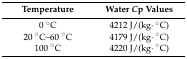
<table><thead><tr><td><b>Temperature</b></td><td><b>Water <i>C</i>p Values</b></td></tr></thead><tbody><tr><td>0 °C</td><td>4212 J/(kg·°C)</td></tr><tr><td>20 °C–60 °C</td><td>4179 J/(kg·°C)</td></tr><tr><td>100 °C</td><td>4220 J/(kg·°C)</td></tr></tbody></table>